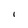
Character: I